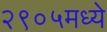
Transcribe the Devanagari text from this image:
२९०५मध्ये